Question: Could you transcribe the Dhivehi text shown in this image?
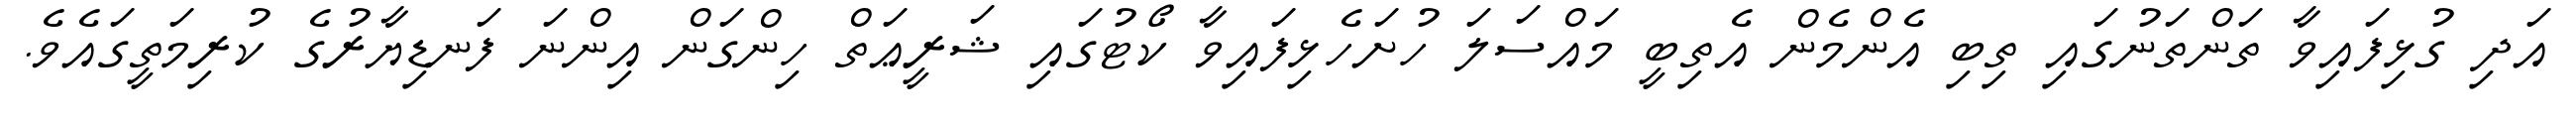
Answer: އަދި ގުޅިފައިވާ ތަންތަނުގައި ތިބި އެންމެން އެތިބީ މައްސަލަ ހުށަހެޅިފައިވާ ކޯޓުގައި ޝަރީޢަތް ހިންގަން އިންނަ ފަނޑިޔާރުގެ ކުރިމަތީގައެވެ.